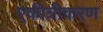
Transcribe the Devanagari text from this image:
एकीत्रीकरण